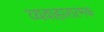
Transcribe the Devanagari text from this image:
व्यवाहारात्मक